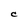
Character: C